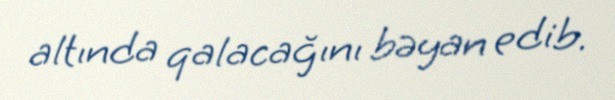
altında qalacağını bəyan edib.